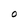
Character: 0